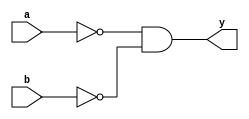
module comb_logic_block (
    input wire a,
    input wire b,
    output reg y
);

wire nota;
wire notb;

assign nota = ~a;
assign notb = ~b;

assign y = nota & notb; // Performing AND operation with the inverted inputs

endmodule